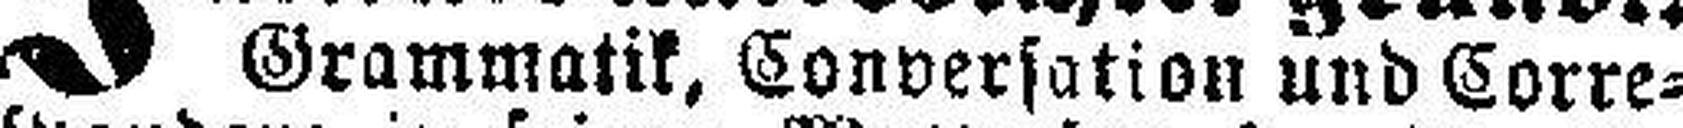
Grammatik, Conversation und Corre¬